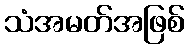
သံအမတ်အဖြစ်